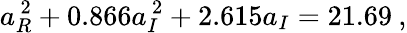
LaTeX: a_{R}^{\, 2}+0.866a_{I}^{\, 2}+2.615a_{I}=21.69\: ,